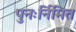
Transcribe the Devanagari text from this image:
पुनःर्निमित